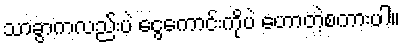
သာခွာကလည်းပဲ ငွေကောင်းကိုပဲ ဟောတဲ့စကားပါ။